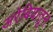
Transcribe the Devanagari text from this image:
अरेबियातून